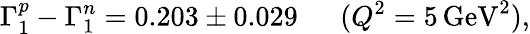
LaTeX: \Gamma_{1}^{p}-\Gamma_{1}^{n}=0.203\pm 0.029\ \ \ \ \ \ (Q^{2}=5\, \mathrm{GeV}^{2}),